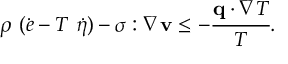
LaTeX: \rho ~ ( { \dot { e } } - T ~ { \dot { \eta } } ) - { \boldsymbol { \sigma } } : { \boldsymbol { \nabla } } \mathbf { v } \leq - { \cfrac { \mathbf { q } \cdot { \boldsymbol { \nabla } } T } { T } } .